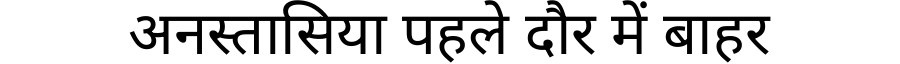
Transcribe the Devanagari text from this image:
अनस्तासिया पहले दौर में बाहर